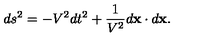
d s \sp 2 = - V \sp 2 d t \sp 2 + \frac { 1 } { V \sp 2 } d { \bf x } \cdot d { \bf x } .